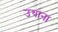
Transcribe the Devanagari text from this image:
उथाना